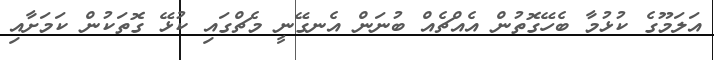
އަލަމޫގެ ކުޅުމާ ބެހޭގޮތުން އެއްޗެއް ބުނަން އެނގޭނީ މެޗްގައި ކުޅޭ ގޮތަކުން ކަމަށާއި